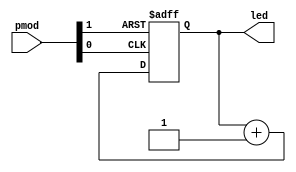
module counter(
	
	input		[2:1]	pmod,
	
	output	reg	[3:0]	led
);

	wire rst;
	wire clk;
	
	assign clk = ~pmod[1];
	assign rst = ~pmod[2];
	
	always @ (posedge clk or posedge rst) begin
		if (rst == 1'b1) begin
			led <= 4'b0;
		end else begin
			led <= led + 1'b1;
		end
	end
	
endmodule